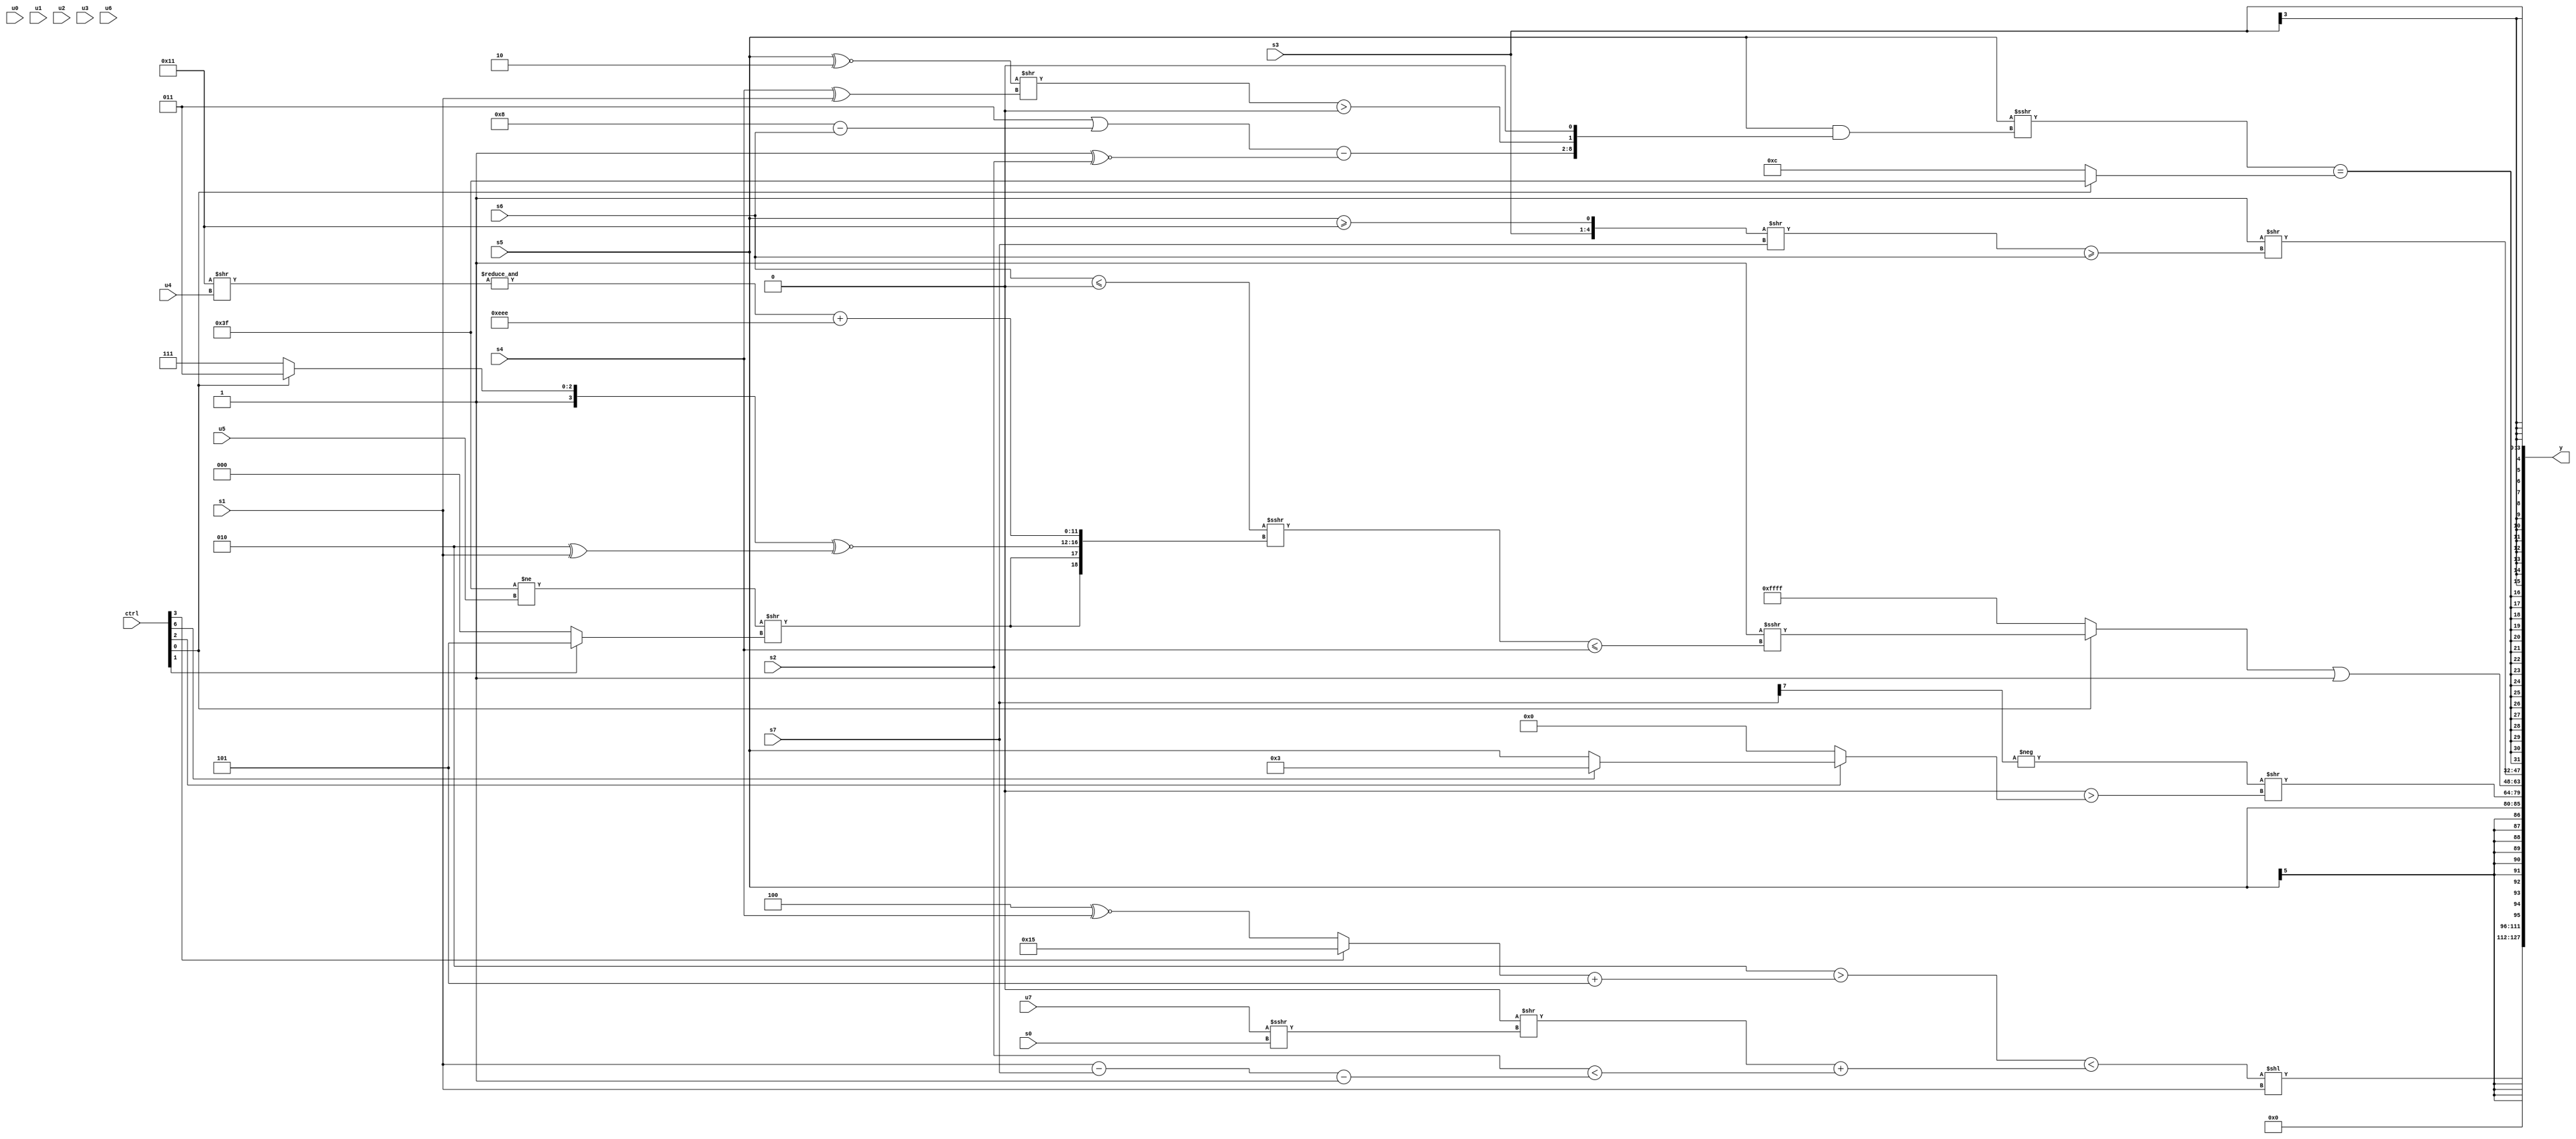
module wideexpr_00414(ctrl, u0, u1, u2, u3, u4, u5, u6, u7, s0, s1, s2, s3, s4, s5, s6, s7, y);
  input [7:0] ctrl;
  input [0:0] u0;
  input [1:0] u1;
  input [2:0] u2;
  input [3:0] u3;
  input [4:0] u4;
  input [5:0] u5;
  input [6:0] u6;
  input [7:0] u7;
  input signed [0:0] s0;
  input signed [1:0] s1;
  input signed [2:0] s2;
  input signed [3:0] s3;
  input signed [4:0] s4;
  input signed [5:0] s5;
  input signed [6:0] s6;
  input signed [7:0] s7;
  output [127:0] y;
  wire [15:0] y0;
  wire [15:0] y1;
  wire [15:0] y2;
  wire [15:0] y3;
  wire [15:0] y4;
  wire [15:0] y5;
  wire [15:0] y6;
  wire [15:0] y7;
  assign y = {y0,y1,y2,y3,y4,y5,y6,y7};
  assign y0 = (((3'sb010)>(((ctrl[3]?+(5'sb10101):(4'sb1100)^~(s4)))+(+((3'sb101)+(1'sb0)))))<(($signed(((4'sb1011)<<<(6'b110110))>>((u7)>>>(s0))))+((s2)<(((s1)-(s7))-((6'sb100011)>>>(4'sb1001))))))<<(s1);
  assign y1 = {(($signed((((-((s2)<<(4'b1100)))<<((ctrl[4]?(ctrl[6]?s5:1'sb0):$signed(3'b001))))^~((ctrl[2]?6'sb001101:(ctrl[0]?$signed(2'sb11):(s6)^~(2'sb01)))))^~((-((s2)-((s6)-(3'sb000))))<<($signed(($signed(u7))>=(s3))))))&(-(((ctrl[4]?4'sb0000:&({3{s2}})))>(((({4'sb0001,1'sb1,5'b00101})==(u5))-((ctrl[6]?(s0)!=(s6):(ctrl[7]?u0:u0))))>>>(1'sb1)))))<<<(6'b011100)};
  assign y2 = s5;
  assign y3 = (-((s7)>>>(6'sb110101)))>>($signed((((u4)>>(-(6'sb100101)))>((ctrl[2]?(ctrl[6]?5'b00011:s5):(s7)>>(5'b01000))))^(~|(~|((s5)<<(5'b01001))))));
  assign y4 = ((ctrl[0]?($signed(1'sb1))>>>((($signed($signed((s6)<=(1'sb0))))>>>({{2{((6'b111111)!=(u5))>>((ctrl[1]?6'b000101:2'sb00))}},$unsigned(((ctrl[0]?5'sb11011:2'sb11))^~((4'sb0010)^(s1))),(&((5'b10001)>>(u4)))+({3{4'sb1110}})}))<=(s4)):3'sb111))|(1'sb1);
  assign y5 = (1'sb1)>>((((s0)>=(((ctrl[5]?3'b000:u5))<<<((ctrl[7]?1'sb0:3'sb010))))<<(~^(3'sb101)))|((({$signed(s3),(s5)>=(5'sb10001)})>>($signed(s7)))>=({1{s6}})));
  assign y6 = $signed($signed(((s5)>>>((s5)&({(($signed(3'sb011))|((6'sb001000)-(s6)))-(((4'sb1100)>>>(4'b0100))^~(s2)),(((s5)^~(2'sb10))>>((s4)^(s1)))>({2{~|(6'b010110)}}),$unsigned($signed(+(1'sb0)))})))==((ctrl[0]?3'sb111:6'sb001100))));
  assign y7 = s3;
endmodule